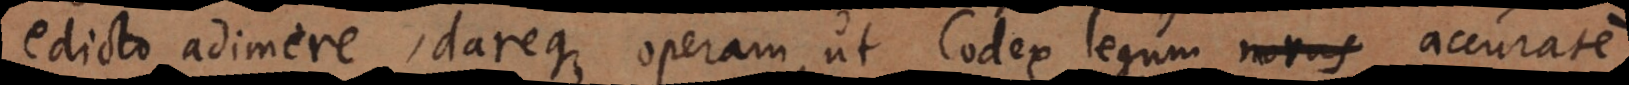
edicto adimere, dareque operam, ut Codex legum novus accurate